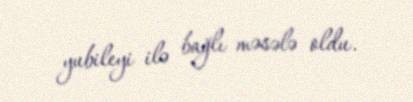
yubileyi ilə bağlı məsələ oldu.